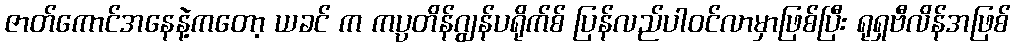
ဇာတ်ကောင်အနေနဲ့ကတော့ ယခင် က ကပ္ပတိန်ဂျွန်ပရိုက်စ် ပြန်လည်ပါ၀င်လာမှာဖြစ်ပြီး ရုရှဗီလိန်အဖြစ်